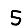
Digit: 5